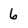
Character: 6